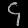
Digit: ၄